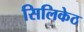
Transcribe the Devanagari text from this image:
सिलिकेठ